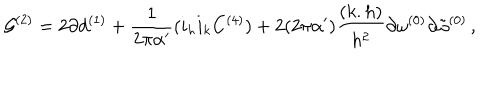
{ \cal G } ^ { ( 2 ) } = 2 \partial d ^ { ( 1 ) } + \frac { 1 } { 2 \pi \alpha ^ { \prime } } ( i _ { h } i _ { k } C ^ { ( 4 ) } ) + 2 ( 2 \pi \alpha ^ { \prime } ) \frac { ( k . h ) } { h ^ { 2 } } \partial \omega ^ { ( 0 ) } \partial { \tilde { \omega } } ^ { ( 0 ) } \, ,